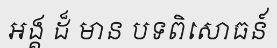
អង្គ ដ៏ មាន បទពិសោធន៍